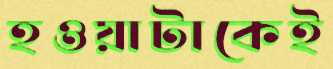
হওয়াটাকেই